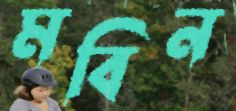
মবিন